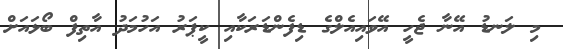
މި ލަނޑު އޭނާ ޖެހީ އޭވައިއެލްގެ ޑިފެންޑަރަކާއި ކީޕަރު އަހުމަދު އާތިފް ބޯޅައަށް